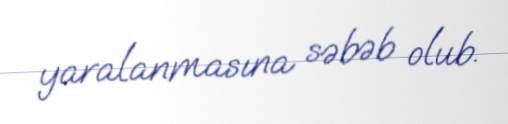
yaralanmasına səbəb olub.